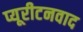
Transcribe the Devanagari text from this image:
प्यूरीटनवाद